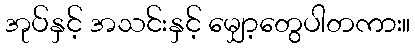
အုပ်နှင့် အသင်းနှင့် မျှော့တွေပါတကား။